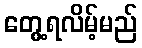
တွေ့ရလိမ့်မည်